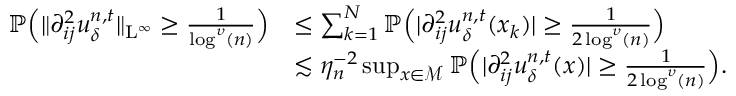
\begin{array} { r l } { \mathbb { P } \Big ( \| \partial _ { i j } ^ { 2 } u _ { \delta } ^ { n , t } \| _ { \mathrm { L } ^ { \infty } } \geq \frac { 1 } { \log ^ { \upsilon } ( n ) } \Big ) } & { \leq \sum _ { k = 1 } ^ { N } \mathbb { P } \Big ( \vert \partial _ { i j } ^ { 2 } u _ { \delta } ^ { n , t } ( x _ { k } ) \vert \geq \frac { 1 } { 2 \log ^ { \upsilon } ( n ) } \Big ) } \\ & { \lesssim \eta _ { n } ^ { - 2 } \operatorname* { s u p } _ { x \in \mathcal { M } } \mathbb { P } \Big ( \vert \partial _ { i j } ^ { 2 } u _ { \delta } ^ { n , t } ( x ) \vert \geq \frac { 1 } { 2 \log ^ { \upsilon } ( n ) } \Big ) . } \end{array}